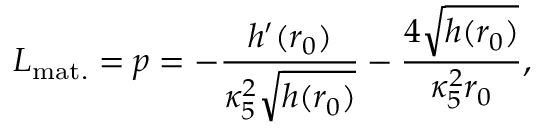
{ \cal L } _ { \mathrm { m a t . } } = p = - \frac { h ^ { \prime } ( r _ { 0 } ) } { \kappa _ { 5 } ^ { 2 } \sqrt { h ( r _ { 0 } ) } } - \frac { 4 \sqrt { h ( r _ { 0 } ) } } { \kappa _ { 5 } ^ { 2 } r _ { 0 } } ,